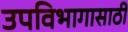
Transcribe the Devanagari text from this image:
उपविभागासाठी